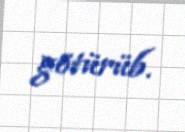
götürüb.